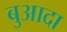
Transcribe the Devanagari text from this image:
बुआदा